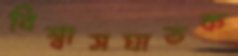
বিশ্বাসঘাতক